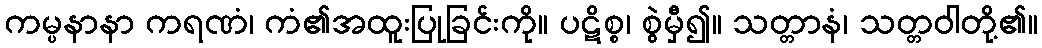
ကမ္ပနာနာ ကရဏံ၊ ကံ၏အထူးပြုခြင်းကို။ ပဋိစ္စ၊ စွဲမှီ၍။ သတ္တာနံ၊ သတ္တဝါတို့၏။